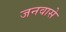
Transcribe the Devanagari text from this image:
जनवासे